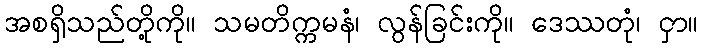
အစရှိသည်တို့ကို။ သမတိက္ကမနံ၊ လွန်ခြင်းကို။ ဒေဿတုံ၊ ငှာ။